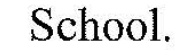
School.